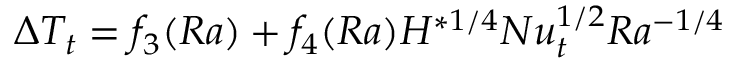
\Delta T _ { t } = f _ { 3 } ( R a ) + f _ { 4 } ( R a ) H ^ { * 1 / 4 } N u _ { t } ^ { 1 / 2 } R a ^ { - 1 / 4 }